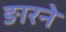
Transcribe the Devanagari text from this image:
ङारने